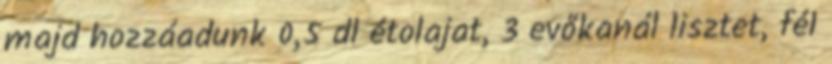
majd hozzáadunk 0,5 dl étolajat, 3 evőkanál lisztet, fél